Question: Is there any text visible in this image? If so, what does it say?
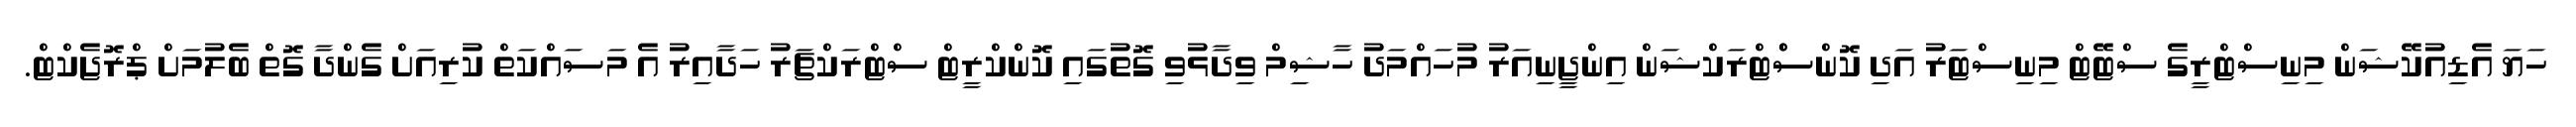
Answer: ހަޔަ އެޑިއުކޭޝަން މިނިސްޓްރީގެ ސްޓޭޓް މިނިސްޓަރު އަދި ކޮންސްްޓްރަކްޝަން އިންޖީނިއަރު މުހައްމަދު ހާޝިމް ވިދާޅުވި ގޮތުގައި ކޮންކްރީޓް ސްޓްރަކްޗަރު ހަދާއިރު އެ މަސައްކަތް ކުރިއަށް ގެންދާ ގޮތް ބެލުމަށް ޕްރޮޖެކްޓް.